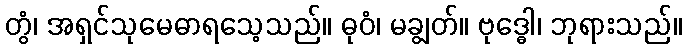
တွံ၊ အရှင်သုမေဓာရသေ့သည်။ ဓုဝံ၊ မချွတ်။ ဗုဒ္ဓေါ၊ ဘုရားသည်။